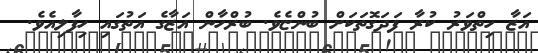
އަޒާ ހިތްވަރު ކުރާ ފަދަގޮތަކަށް ބުންޏެވެ. ބުރްހާން އަޒާގެ އަތުގައި ހިފާލިއެވެ.